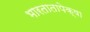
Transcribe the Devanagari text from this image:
भारतातापेक्षा